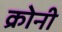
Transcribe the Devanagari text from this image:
क्रोनी